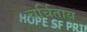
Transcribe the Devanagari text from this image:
चर्चिताय